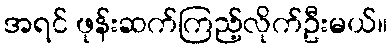
အရင် ဖုန်းဆက်ကြည့်လိုက်ဦးမယ်။